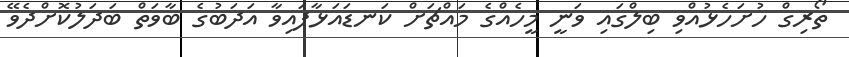
ތޯރިގް ހުށަހެޅުއްވި ބިލްގައި ވަނީ މީހެއްގެ މައްޗަށް ކަނޑައަޅާފައިވާ އަދަބުގެ ބާވަތް ބަދަލުކޮށްދެވޭ